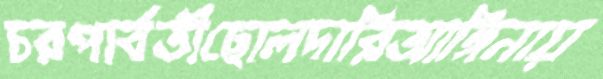
চরপার্বতীছোলদারিআঙ্গিনায়